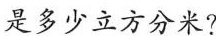
是多少立方分米?